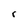
Character: r